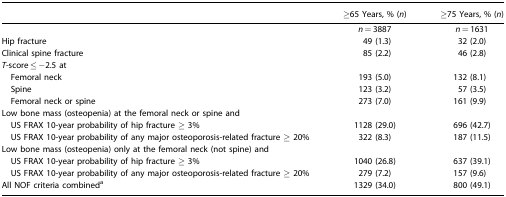
<table><thead><tr><td></td><td><b>≥65 Years, % (<i>n</i>)</b></td><td><b>≥75 Years, % (<i>n</i>)</b></td></tr></thead><tbody><tr><td></td><td><i>n</i> = 3887</td><td><i>n</i> = 1631</td></tr><tr><td>Hip fracture</td><td>49 (1.3)</td><td>32 (2.0)</td></tr><tr><td>Clinical spine fracture</td><td>85 (2.2)</td><td>46 (2.8)</td></tr><tr><td><i>T</i>-score ≤ −2.5 at</td><td></td><td></td></tr><tr><td> Femoral neck</td><td>193 (5.0)</td><td>132 (8.1)</td></tr><tr><td> Spine</td><td>123 (3.2)</td><td>57 (3.5)</td></tr><tr><td> Femoral neck or spine</td><td>273 (7.0)</td><td>161 (9.9)</td></tr><tr><td colspan="3">Low bone mass (osteopenia) at the femoral neck or spine and</td></tr><tr><td> US FRAX 10-year probability of hip fracture ≥ 3%</td><td>1128 (29.0)</td><td>696 (42.7)</td></tr><tr><td> US FRAX 10-year probability of any major osteoporosis-related fracture ≥ 20%</td><td>322 (8.3)</td><td>187 (11.5)</td></tr><tr><td colspan="3">Low bone mass (osteopenia) only at the femoral neck (not spine) and</td></tr><tr><td> US FRAX 10-year probability of hip fracture ≥ 3%</td><td>1040 (26.8)</td><td>637 (39.1)</td></tr><tr><td> US FRAX 10-year probability of any major osteoporosis-related fracture ≥ 20%</td><td>279 (7.2)</td><td>157 (9.6)</td></tr><tr><td>All NOF criteria combineda</td><td>1329 (34.0)</td><td>800 (49.1)</td></tr></tbody></table>